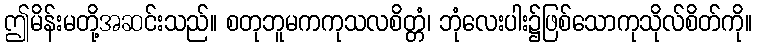
ဤမိန်းမတို့အဆင်းသည်။ စတုဘူမကကုသလစိတ္တံ၊ ဘုံလေးပါး၌ဖြစ်သောကုသိုလ်စိတ်ကို။